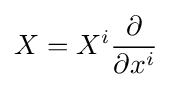
X=X^{i}{\frac {\partial }{\partial x^{i}}}